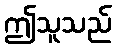
ဤသူသည်